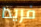
فريدا